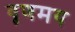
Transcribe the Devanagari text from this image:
वृणमय